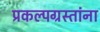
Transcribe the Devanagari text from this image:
प्रकल्पग्रस्तांना